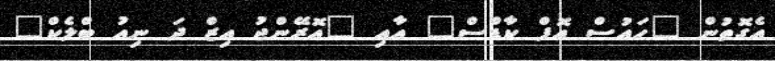
އެގޮތުން "ހައުސް އޮފް ކާޑްސް" އާއި "އޮރޭންޖު އިޒް ދަ ނިއު ބްލެކް"